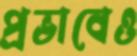
প্রভাবেও